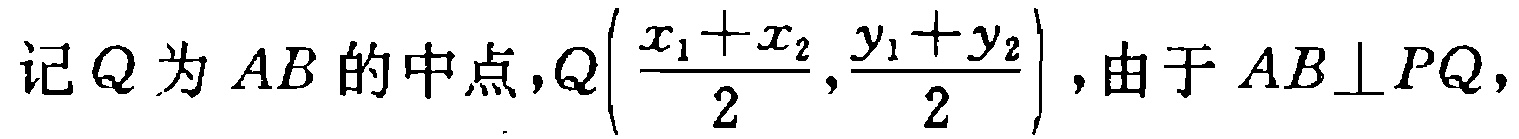
记$Q$为$AB$的中点,$Q\left(\dfrac{x_{1}+x_{2}}{2},\dfrac{y_{1}+y_{2}}{2}\right)$,由于$AB\perp PQ$,